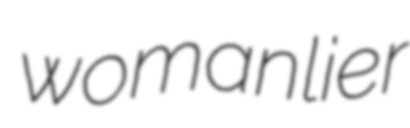
womanlier